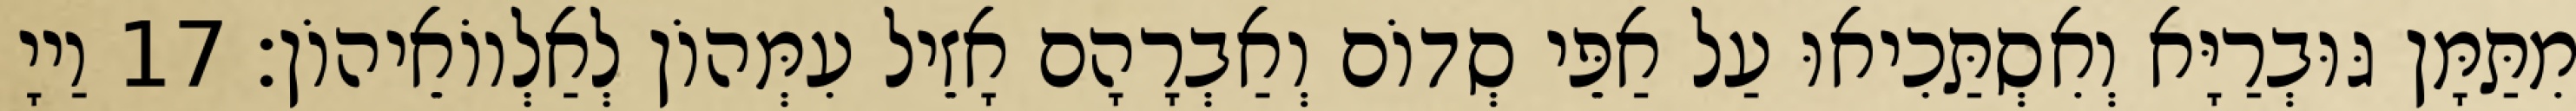
מִתַּמָּן גּוּבְרַיָּא וְאִסְתַּכִיאוּ עַל אַפֵּי סְדוֹם וְאַבְרָהָם אָזֵיל עִמְּהוֹן לְאַלְווֹאֵיהוֹן׃ 17 וַייָ